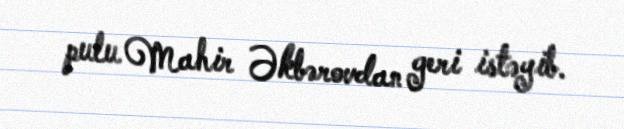
pulu Mahir Əkbərovdan geri istəyib.